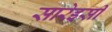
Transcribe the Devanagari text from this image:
सारेइसी